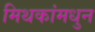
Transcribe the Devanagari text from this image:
मिथकांमधुन